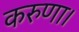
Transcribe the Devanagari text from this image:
करुणा।